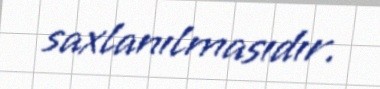
saxlanılmasıdır.